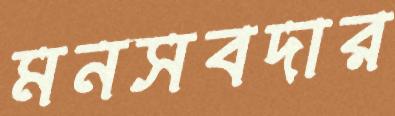
মনসবদার